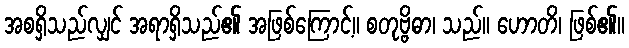
အစရှိသည်လျှင် အရာရှိသည်၏ အဖြစ်ကြောင့်။ စတုဗ္ဗိဓာ၊ သည်။ ဟောတိ၊ ဖြစ်၏။